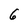
Character: 6